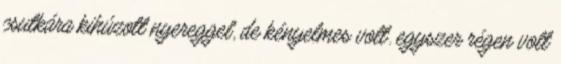
csutkára kihúzott nyereggel, de kényelmes volt. egyszer régen volt